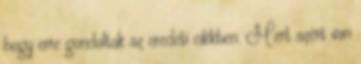
hogy erre gondoltak az eredeti cikkben. Mert azért van